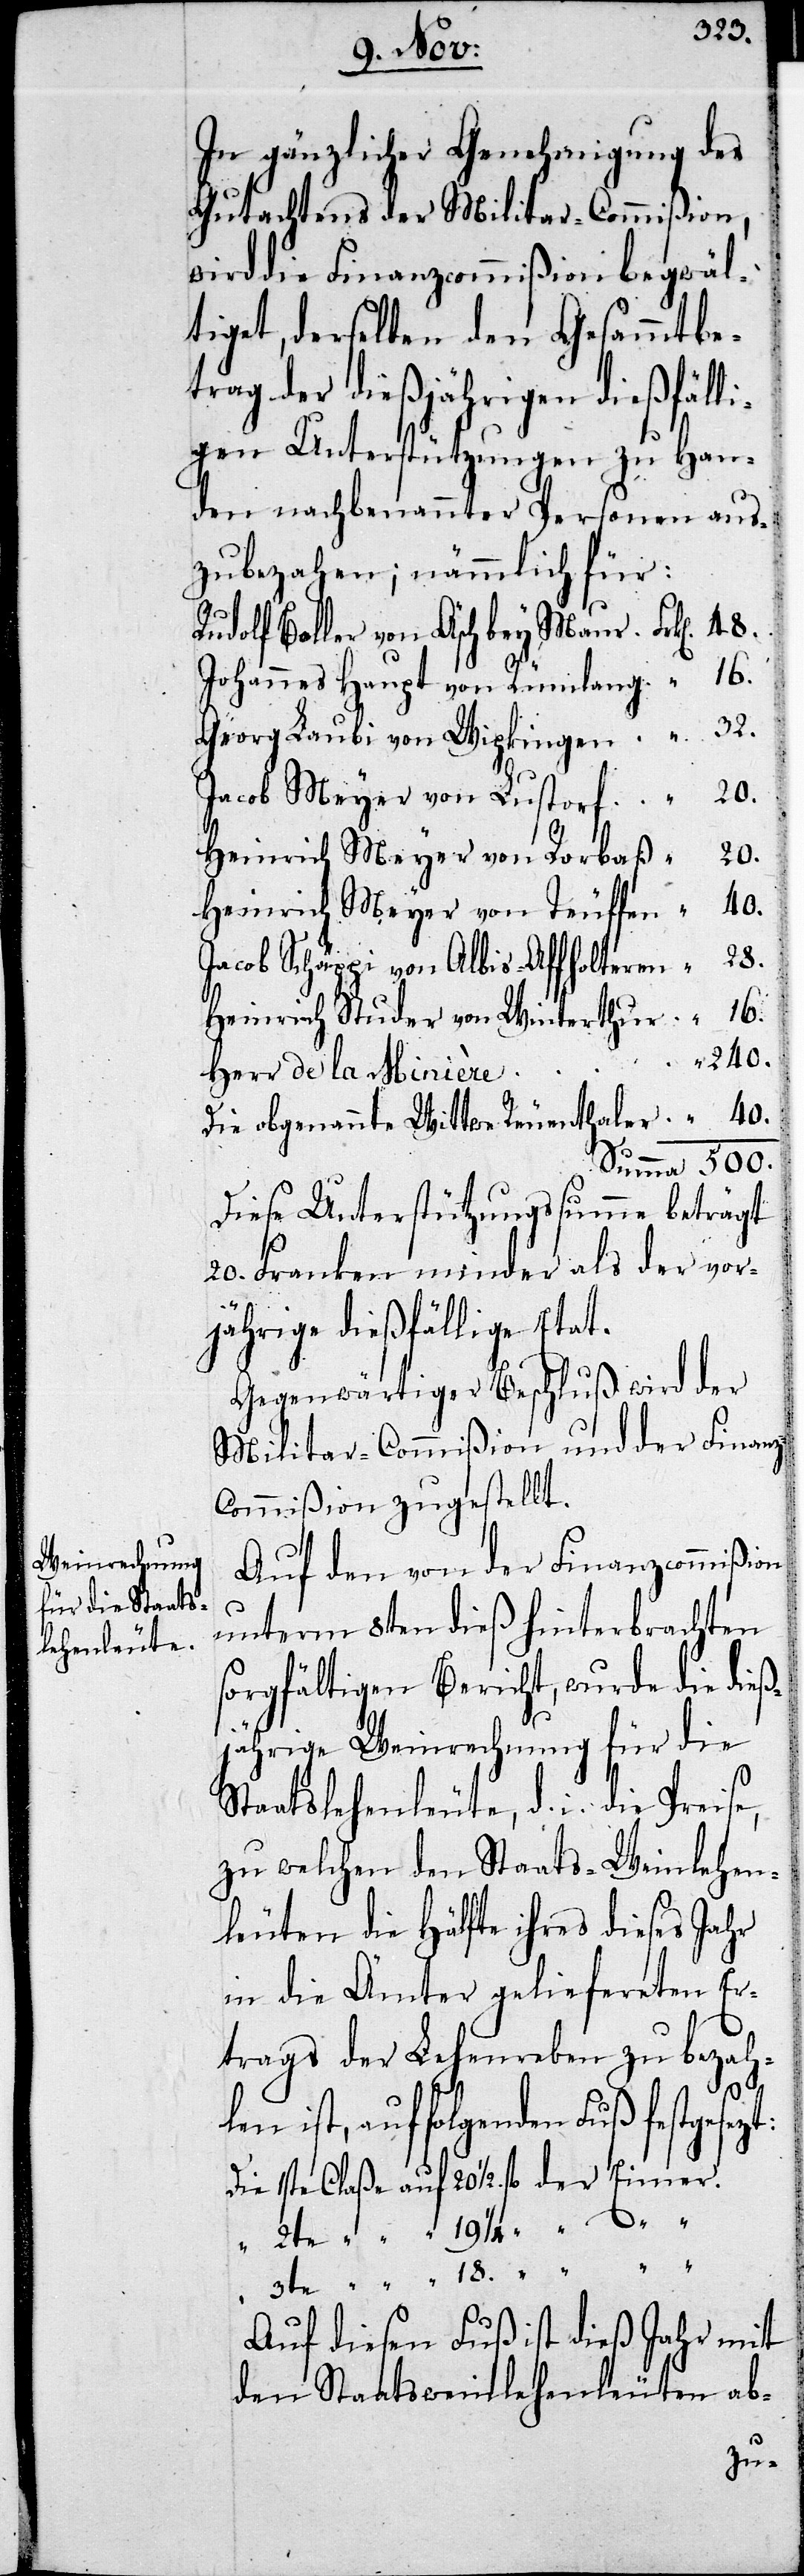
In gänzlicher Genehmigung des
Gutachtens der Militar-Commißion,
wird die Finanzcommißion begwäl¬
tiget, derselben den Gesammtbe¬
trag der dießjährigen dießfälli¬
gen Unterstützungen zu Han¬
den nachbenannter Personen aus¬
zubezahlen; nämmlich für:
Rudolf Boller von Äsch bey Maur	Frken	48.
Johannes Haupt von Rümlang	„	16.
Georg Laubi von Wipkingen	„	32.
Jacob Meyer von Lustorf	„	20.
Heinrich Meyer von Rorbaß	„	20.
Heinrich Meyer von Teuffen	„	20.
Jacob Schäppi von Albis-Affholteren	„	28.
Heinrich Studer von Winterthur	„	16.
¼.
Herr de la
Die obgenannte Wittwe Reuenthaler	„	40.
Summa	500.
Diese Unterstützungssumme beträgt
20. Franken minder als der vor¬
jährige dießfällige Etat.
Gegenwärtiger Beschluß wird der
Militar-Commißion und der Finan¬
z-Commißion zugestellt.
Auf den von der Finanzcommißion
unterm 8ten dieß hinterbrachten
sorgfältigen Bericht, wurde die dieß¬
jährige Weinrechnung für die
Staatslehenleute, die die Preise,
zu welchen den Staats-Weinlehen¬
leuten die Hälfte ihres dieses Jahr
in die Ämter geliefereten Er¬
trags der Lehenreben zu bezahl¬
en ist, auf folgenden Fuß festgese¬
Die	1ste Claße auf	20 ½. fl. der Eimer.
Auf diesen Fuß ist dieß Jahr mit
den Staatsweinlehenleuten ab-
zt: